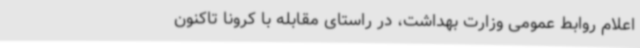
اعلام روابط عمومی وزارت بهداشت، در راستای مقابله با کرونا تاکنون